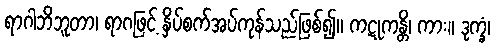
ရာဂါဘိဘူတာ၊ ရာဂဖြင့် နှိပ်စက်အပ်ကုန်သည်ဖြစ်၍။ ကဋုကန္တိ၊ ကား။ ဒုက္ခံ၊